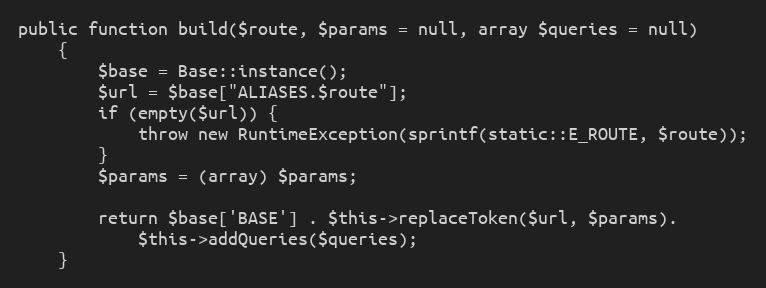
Language: PHP
public function build($route, $params = null, array $queries = null)
    {
        $base = Base::instance();
        $url = $base["ALIASES.$route"];
        if (empty($url)) {
            throw new RuntimeException(sprintf(static::E_ROUTE, $route));
        }
        $params = (array) $params;

        return $base['BASE'] . $this->replaceToken($url, $params).
            $this->addQueries($queries);
    }